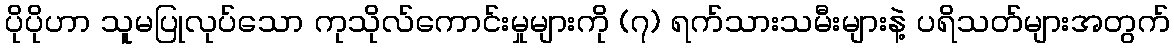
ပိုပိုဟာ သူမပြုလုပ်သော ကုသိုလ်ကောင်းမှုများကို (၇) ရက်သားသမီးများနဲ့ ပရိသတ်များအတွက်